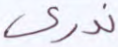
ندري